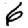
Digit: 6